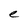
Character: e